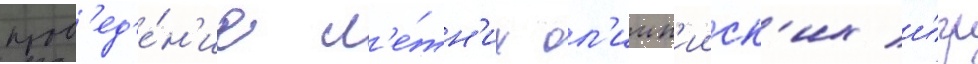
пров'ед'е́н'ие л'е́тн'их ол'имп'ииск'их и́гр